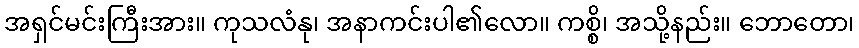
အရှင်မင်းကြီးအား။ ကုသလံနု၊ အနာကင်းပါ၏လော။ ကစ္စိ၊ အသို့နည်း။ ဘောတော၊